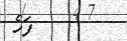
٦٠        ފަހެ